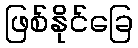
ဖြစ်နိုင်ခြေ